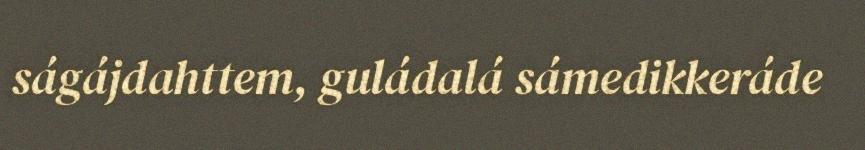
ságájdahttem, guládalá sámedikkeráde